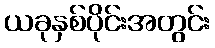
ယခုနှစ်ပိုင်းအတွင်း